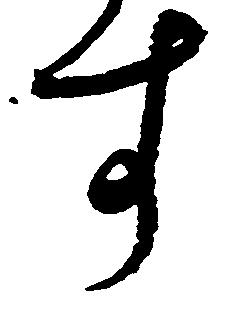
す